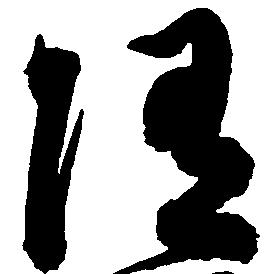
随